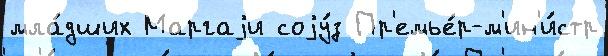
мла́дших Маргаjи соjу́з Пр'емье́р-м'ин'и́стр